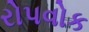
રોપવોક